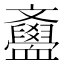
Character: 𣁫